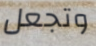
وتجعل